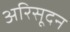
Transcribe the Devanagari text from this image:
अरिसूदन